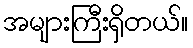
အများကြီးရှိတယ်။